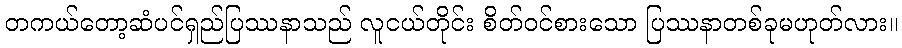
တကယ်တော့ဆံပင်ရှည်ပြဿနာသည် လူငယ်တိုင်း စိတ်ဝင်စားသော ပြဿနာတစ်ခုမဟုတ်လား။